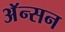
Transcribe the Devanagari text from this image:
अॅन्सन